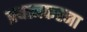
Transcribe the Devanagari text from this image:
प्रयत्नकरना